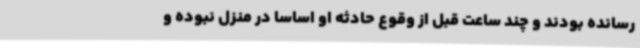
رسانده بودند و چند ساعت قبل از وقوع حادثه او اساسا در منزل نبوده و